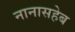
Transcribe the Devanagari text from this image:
नानासहेब